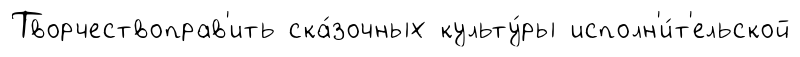
Творчествоправ'ить ска́зочных культу́ры исполн'и́т'ельской